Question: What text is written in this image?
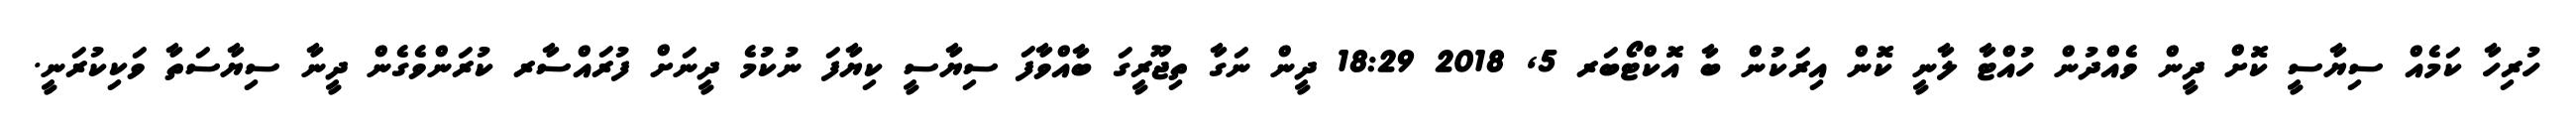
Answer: ހުރިހާ ކަމެއް ސިޔާސީ ކޮށް ދީން ވެއްދުން ހުއްޓާ ލާނީ ކޮން އިރަކުން ބާ އޮކްޓޯބަރ 5, 2018 18:29 ދީން ނަގާ ތިޖޫރީގަ ބާއްވާފަ ސިޔާސީ ކިޔާފަ ނުކުމެ ދީނަށް ފުރައްސާރ ކުރަންވެގެން ދީނާ ސިޔާސަތާ ވަކިކުރަނީ.